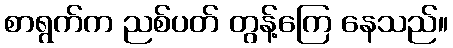
စာရွက်က ညစ်ပတ် တွန့်ကြေ နေသည်။